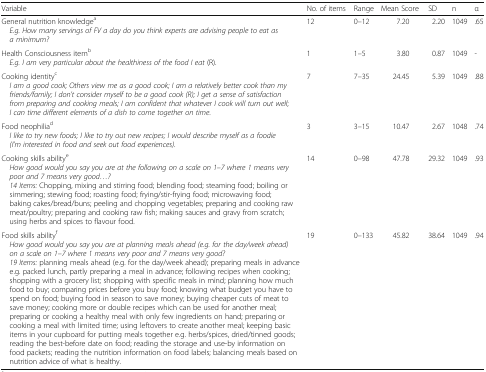
<table><thead><tr><td><b>Variable</b></td><td><b>No. of items</b></td><td><b>Range</b></td><td><b>Mean Score</b></td><td><b>SD</b></td><td><b>n</b></td><td><b>α</b></td></tr></thead><tbody><tr><td>General nutrition knowledge<sup>a</sup><i> E.g. How many servings of FV a day do you think experts are advising people to eat as a minimum?</i></td><td>12</td><td>0–12</td><td>7.20</td><td>2.20</td><td>1049</td><td>.65</td></tr><tr><td>Health Consciousness item<sup>b</sup><i> E.g. I am very particular about the healthiness of the food I eat</i> (R).</td><td>1</td><td>1–5</td><td>3.80</td><td>0.87</td><td>1049</td><td>-</td></tr><tr><td>Cooking identity<sup>c</sup><i> I am a good cook; Others view me as a good cook; I am a relatively better cook than my friends/family; I don’t consider myself to be a good cook (R); I get a sense of satisfaction from preparing and cooking meals; I am confident that whatever I cook will turn out well</i>; <i> I can time different elements of a dish to come together on time</i>.</td><td>7</td><td>7–35</td><td>24.45</td><td>5.39</td><td>1049</td><td>.88</td></tr><tr><td>Food neophilia<sup>d</sup><i> I like to try new foods; I like to try out new recipes; I would describe myself as a foodie (I’m interested in food and seek out food experiences)</i>.</td><td>3</td><td>3–15</td><td>10.47</td><td>2.67</td><td>1048</td><td>.74</td></tr><tr><td>Cooking skills ability<sup>e</sup><i> How good would you say you are at the following on a scale on 1–7 where 1 means very poor and 7 means very good...?</i><i> 14 Items:</i> Chopping, mixing and stirring food; blending food; steaming food; boiling orsimmering; stewing food; roasting food; frying/stir-frying food; microwaving food; baking cakes/bread/buns; peeling and chopping vegetables; preparing and cooking raw meat/poultry; preparing and cooking raw fish; making sauces and gravy from scratch; using herbs and spices to flavour food.</td><td>14</td><td>0–98</td><td>47.78</td><td>29.32</td><td>1049</td><td>.93</td></tr><tr><td>Food skills ability<sup>f</sup><i> How good would you say you are at planning meals ahead (e.g. for the day/week ahead) on a scale on 1–7 where 1 means very poor and 7 means very good?</i><i> 19 Items:</i> planning meals ahead (e.g. for the day/week ahead); preparing meals in advancee.g. packed lunch, partly preparing a meal in advance; following recipes when cooking; shopping with a grocery list; shopping with specific meals in mind; planning how much food to buy; comparing prices before you buy food; knowing what budget you have to spend on food; buying food in season to save money; buying cheaper cuts of meat to save money; cooking more or double recipes which can be used for another meal; preparing or cooking a healthy meal with only few ingredients on hand; preparing or cooking a meal with limited time; using leftovers to create another meal; keeping basic items in your cupboard for putting meals together e.g. herbs/spices, dried/tinned goods; reading the best-before date on food; reading the storage and use-by information on food packets; reading the nutrition information on food labels; balancing meals based on nutrition advice of what is healthy.</td><td>19</td><td>0–133</td><td>45.82</td><td>38.64</td><td>1049</td><td>.94</td></tr></tbody></table>